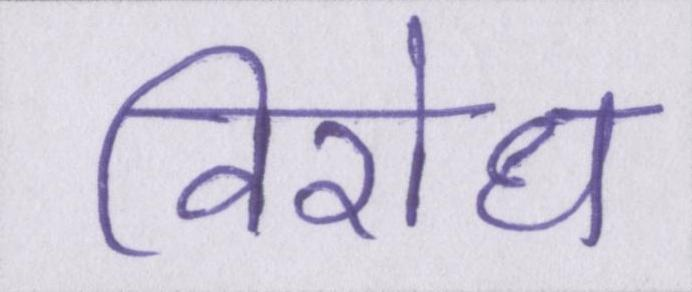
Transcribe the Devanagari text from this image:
विरोध